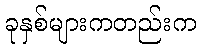
ခုနှစ်များကတည်းက